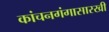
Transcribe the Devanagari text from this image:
कांचनगंगासारखी